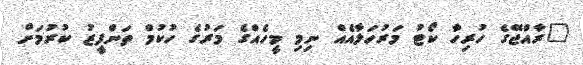
"ރާއްޖޭގެ ހުރިހާ ކޯޓު މަރުހަލާއެއް ނިމި މީހެއްގެ މަރުގެ ހުކުމް ތަންފީޒު ކުރުމަށް